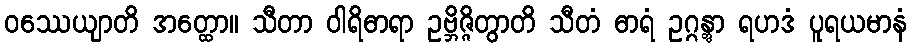
ဝဿေယျာတိ အတ္ထော။ သီတာ ဝါရိဓာရာ ဥဗ္ဘိဇ္ဇိတွာတိ သီတံ ဓာရံ ဥဂ္ဂန္တွာ ရဟဒံ ပူရယမာနံ